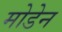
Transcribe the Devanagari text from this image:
मोडेन